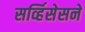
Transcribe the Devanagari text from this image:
सर्व्हिसेसने